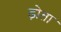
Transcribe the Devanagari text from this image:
ढ़ोता